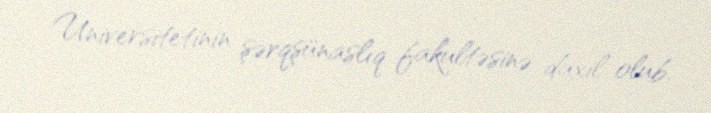
Universitetinin şərqşünaslıq fakultəsinə daxil olub.